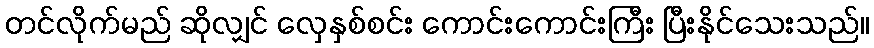
တင်လိုက်မည် ဆိုလျှင် လှေနှစ်စင်း ကောင်းကောင်းကြီး ပြီးနိုင်သေးသည်။